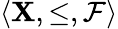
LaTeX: \langle\mathbf{X},\leq,{\mathcal{{F}}}\rangle